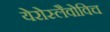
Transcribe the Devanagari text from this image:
येरोस्लैवोविच